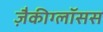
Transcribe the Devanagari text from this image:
ज़ैकीग्लॉसस